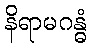
နိရာမဂန္ဓံ